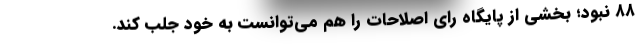
۸۸ نبود؛ بخشی از پایگاه رای اصلاحات را هم می‌توانست به خود جلب کند.